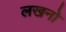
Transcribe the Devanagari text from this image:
लखनो